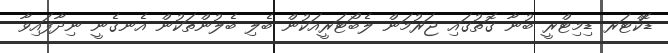
ޑޮކްޓަރ ޑިމިޓްރީ ބުނާ ގޮތުގައި ޖަރުމަން ލެބޯޓަރީއަކުން ބެލި ބެލުންތަކުން އެނގެނީ ނިދާފައިވާ